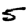
Digit: 5